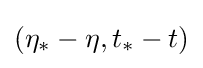
(\eta _{*}-\eta ,t_{*}-t)